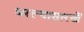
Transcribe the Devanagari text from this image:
धरल्यासारखें